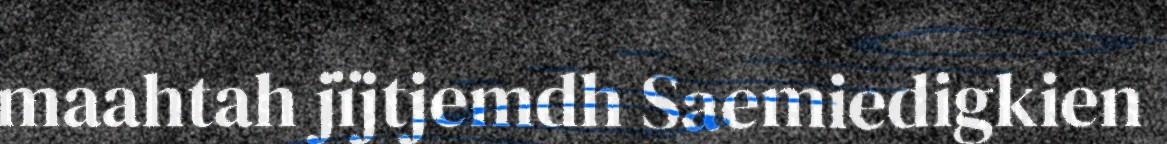
maahtah jïjtjemdh Saemiedigkien